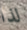
لذا